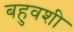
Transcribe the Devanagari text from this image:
बहुवशी